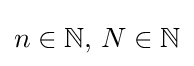
n\in \mathbb {N} ,\,N\in \mathbb {N}